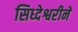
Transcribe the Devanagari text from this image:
सिध्देश्वरीने